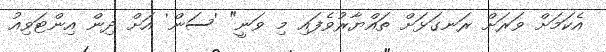
އެކަމަށް ވަރަށް ރަނގަޅަށް ތައްޔާރުވެފައި މި ވަނީ" 'ސަން' އަށް ދިން އިންޓަވިއު